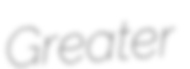
Greater